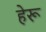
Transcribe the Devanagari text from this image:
हेरू